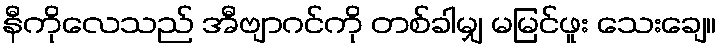
နီကိုလေသည် အီဗျာဂင်ကို တစ်ခါမျှ မမြင်ဖူး သေးချေ။